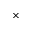
\times